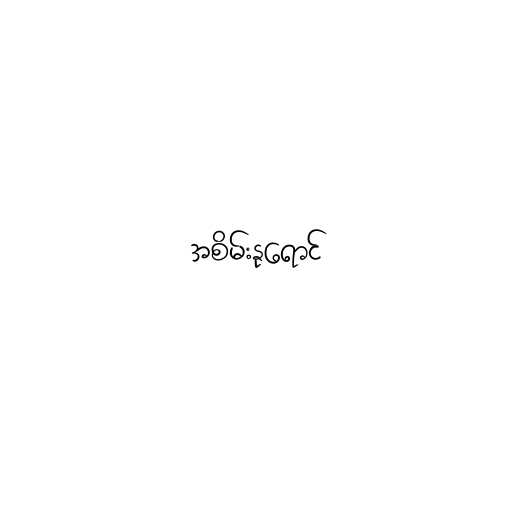
အစိမ်းနုရောင်